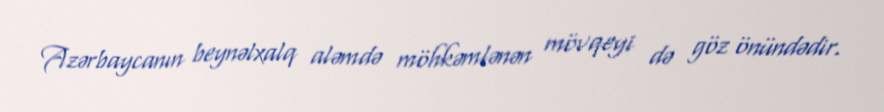
Azərbaycanın beynəlxalq aləmdə möhkəmlənən mövqeyi də göz önündədir.